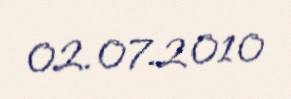
02.07.2010